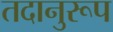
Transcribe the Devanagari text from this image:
तदानुरूप